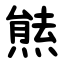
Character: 㷱